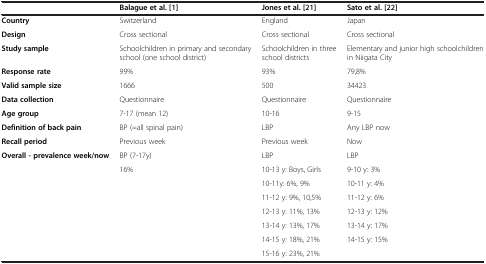
|  | Balague et al.[1] | Jones et al.[21] | Sato et al. [22] |
 | --- | --- | --- | --- |
 | Country | Switzerland | England | Japan |
 | Design | Cross sectional | Cross sectional | Cross sectional |
 | Study sample | Schoolchildren in primary and secondary school (one school district) | Schoolchildren in three school districts | Elementary and junior high schoolchildren in Niigata City |
 | Response rate | 99% | 93% | 79,8% |
 | Valid sample size | 1666 | 500 | 34423 |
 | Data collection | Questionnaire | Questionnaire | Questionnaire |
 | Age group | 7-17 (mean 12) | 10-16 | 9-15 |
 | Definition of back pain | BP (=all spinal pain) | LBP | Any LBP now |
 | Recall period | Previous week | Previous week | Now |
 | <ROWSPAN=8> Overall - prevalence week/now | BP (7-17y) | LBP | LBP |
 | 16% | 10-13 y: Boys, Girls | 9-10 y: 3% |
 | <ROWSPAN=6>  | 10-11y: 6%, 9% | 10-11 y: 4% |
 | 11-12 y: 9%, 10,5% | 11-12 y: 6% |
 | 12-13 y: 11%, 13% | 12-13 y: 12% |
 | 13-14 y: 13%, 17% | 13-14 y: 17% |
 | 14-15 y: 18%, 21% | 14-15 y: 15% |
 | 15-16 y: 23%, 21% |  |